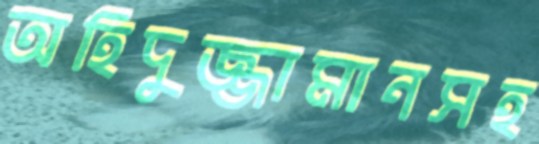
অহিদুজ্জামানসহ